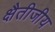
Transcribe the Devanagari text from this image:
क्षैतीजीय